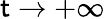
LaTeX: \mathsf{t}\rightarrow+\infty